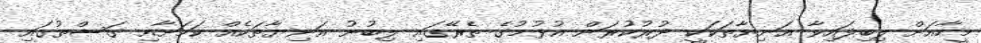
މީހާއަށް ލިބިފައިވާ އަނިޔާތަކަކީ ދުރުކުރަން އުޅުމުގެ ތެރޭގައި ލިބުނު އަނިޔާތަކެއް ކަމަށާއި ގަސްތުގައި